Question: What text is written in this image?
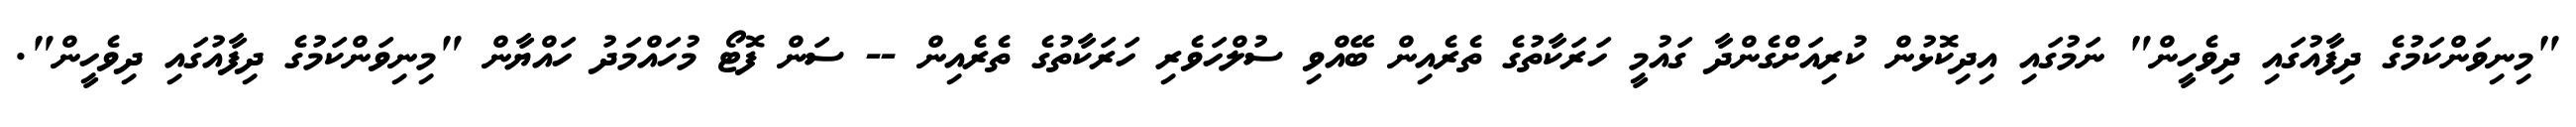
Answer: "މިނިވަންކަމުގެ ދިފާއުގައި ދިވެހީން" ނަމުގައި އިދިކޮޅުން ކުރިއަށްގެންދާ ގައުމީ ހަރަކާތުގެ ތެރެއިން ބޭއްވި ސުލްހަވެރި ހަރަކާތުގެ ތެރެއިން -- ސަން ފޮޓޯ މުހައްމަދު ހައްޔާން "މިނިވަންކަމުގެ ދިފާއުގައި ދިވެހީން".